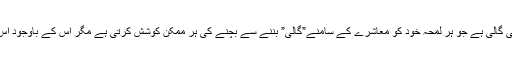
یہ ایک ایسی عورت کے منہ سے نکلی ہو ئی گالی ہے جو ہر لمحہ خود کو معاشرے کے سامنے”گالی” بننے سے بچنے کی ہر ممکن کوشش کرتی ہے مگر اس کے باوجود اس کی زندگی کو شک کا گھن چاٹ جاتا ہے ۔